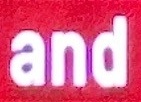
and